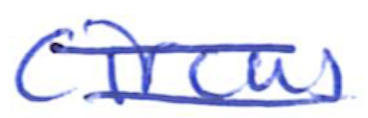
Text: circus
Cross-out: double-line
Writing tool: ballpoint